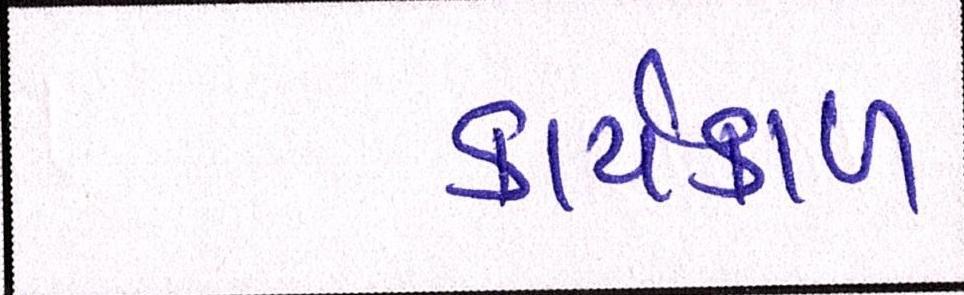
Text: કાર્યકાળ